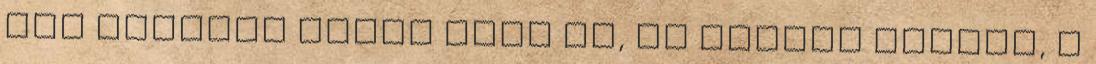
jól hajrázó Panis jött be, az ötödik Trulli, a